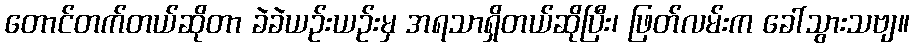
တောင်တက်တယ်ဆိုတာ ခဲခဲယဉ်းယဉ်းမှ အရသာရှိတယ်ဆိုပြီး၊ ဖြတ်လမ်းက ခေါ်သွားသဗျ။